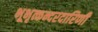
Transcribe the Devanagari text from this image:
भूभृत्कन्दरदारिणी